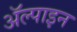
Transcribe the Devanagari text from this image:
ॲल्पाइन